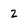
Character: 2